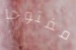
مفتوحا